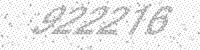
Solution: 922216